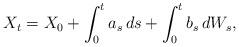
\begin{align*} X_{t}=X_0+\int_0^t a_s\,ds +\int_0^tb_s\,dW_s,\end{align*}